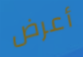
أعرض